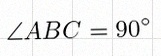
\angle ABC=90^\circ